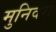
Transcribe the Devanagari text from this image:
मुनिवरा